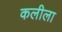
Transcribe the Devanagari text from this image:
कलीला